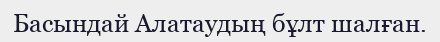
Басындай Алатаудың бұлт шалған.